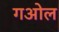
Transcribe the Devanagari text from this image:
गओल